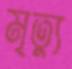
মৃত্যু